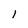
Character: 1